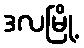
ဒလမြို့